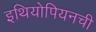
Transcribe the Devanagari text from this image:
इथियोपियनची